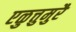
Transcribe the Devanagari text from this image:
एळुत्तुमुरै